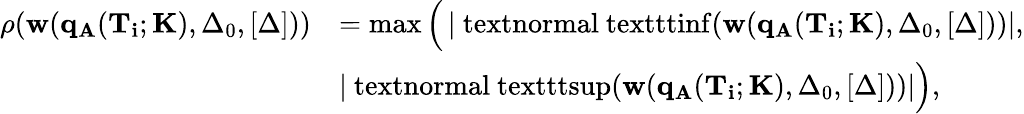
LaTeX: \begin{array}{rl}{\rho(\mathbf{w}(\mathbf{q_{A}}(\mathbf{T_{i}};\mathbf{K}),\Delta_{0},[\Delta]))}&{=\operatorname*{max}\Big(\left\vert{\mathrm{\ textnormal{\ texttt{inf}}}}(\mathbf{w}(\mathbf{q_{A}}(\mathbf{T_{i}};\mathbf{K}),\Delta_{0},[\Delta]))\right\vert,}\\ &{\left\vert{\mathrm{\ textnormal{\ texttt{sup}}}}(\mathbf{w}(\mathbf{q_{A}}(\mathbf{T_{i}};\mathbf{K}),\Delta_{0},[\Delta]))\right\vert\Big),}\end{array}